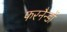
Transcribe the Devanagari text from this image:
फरनैन्डों